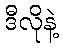
ဒီလိုနဲ့